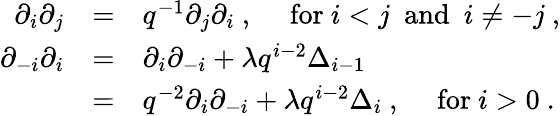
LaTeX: \begin{array}{rcl}{{\partial_{i}\partial_{j}}}&{{=}}&{{q^{-1}\partial_{j}\partial_{i}~,~~~~~\mathrm{for}~i<j~~\mathrm{and}~~i\not=-j~,}}\\ {{\partial_{-i}\partial_{i}}}&{{=}}&{{\partial_{i}\partial_{-i}+\lambda q^{i-2}\Delta_{i-1}}}\\ {{}}&{{=}}&{{q^{-2}\partial_{i}\partial_{-i}+\lambda q^{i-2}\Delta_{i}~,~~~~~\mathrm{for}~i>0~.}}\end{array}